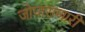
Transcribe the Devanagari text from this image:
जोपासणारी